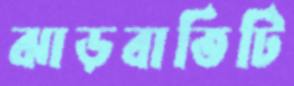
ঝাড়বাতিটি